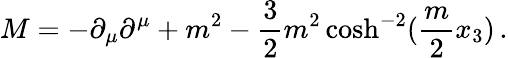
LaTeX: M=-\partial_{\mu}\partial^{\mu}+m^{2}-\frac{3}{2}m^{2}\cosh^{-2}(\frac{m}{2}x_{3})\, .